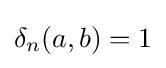
\delta _{n}(a,b)=1